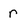
Character: r